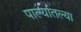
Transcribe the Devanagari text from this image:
पार्ल्यातल्या